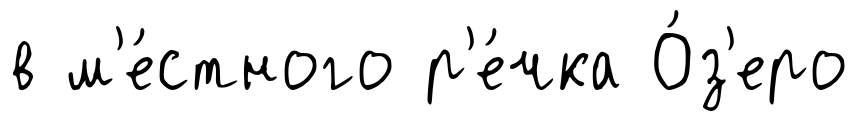
в м'е́стного р'е́чка О́з'еро